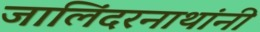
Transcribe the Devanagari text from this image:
जालिंदरनाथांनी